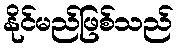
နိုင်မည်ဖြစ်သည်